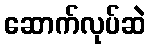
ဆောက်လုပ်ဆဲ